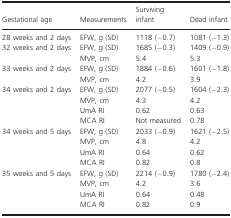
| Gestational age | Measurements | Surviving infant | Dead infant |
 | --- | --- | --- | --- |
 | 28 weeks and 2 days | EFW, g (SD) | 1118 (−0.7) | 1081 (−1.3) |
 | <ROWSPAN=2> 32 weeks and 2 days | EFW, g (SD) | 1685 (−0.3) | 1409 (−0.9) |
 | MVP, cm | 5.4 | 5.3 |
 | <ROWSPAN=2> 33 weeks and 2 days | EFW, g (SD) | 1884 (−0.6) | 1601 (−1.8) |
 | MVP, cm | 4.2 | 3.9 |
 | <ROWSPAN=4> 34 weeks and 2 days | EFW, g (SD) | 2077 (−0.5) | 1604 (−2.3) |
 | MVP, cm | 4.3 | 4.2 |
 | UmA RI | 0.62 | 0.63 |
 | MCA RI | Not measured | 0.78 |
 | <ROWSPAN=4> 34 weeks and 5 days | EFW, g (SD) | 2033 (−0.9) | 1621 (−2.5) |
 | MVP, cm | 4.8 | 4.2 |
 | UmA RI | 0.64 | 0.62 |
 | MCA RI | 0.82 | 0.8 |
 | <ROWSPAN=4> 35 weeks and 5 days | EFW, g (SD) | 2214 (−0.9) | 1780 (−2.4) |
 | MVP, cm | 4.2 | 3.6 |
 | UmA RI | 0.64 | 0.48 |
 | MCA RI | 0.82 | 0.9 |